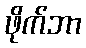
ဖိုက်ဘာ